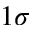
1 \sigma